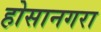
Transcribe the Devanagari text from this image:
होसानगरा